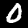
Label: 0